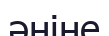
әніне